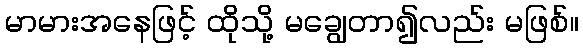
မာမားအနေဖြင့် ထိုသို့ မချွေတာ၍လည်း မဖြစ်။